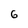
Character: 6